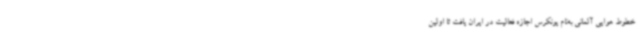
خطوط هوایی آلمانی به‌نام یونکرس اجازه فعالیت در ایران یافت تا اولین